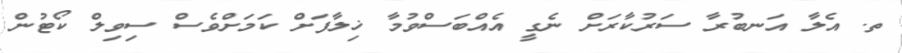
ތ. އެލާ އަނބުރާ ސަރުކާރަށް ނެގީ އެއްބަސްވުމާ ޚިލާފަށް ކަމަށްވެސް ސިވިލް ކޯޓުން